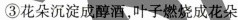
③花朵沉淀成醇酒，叶子燃烧成花朵